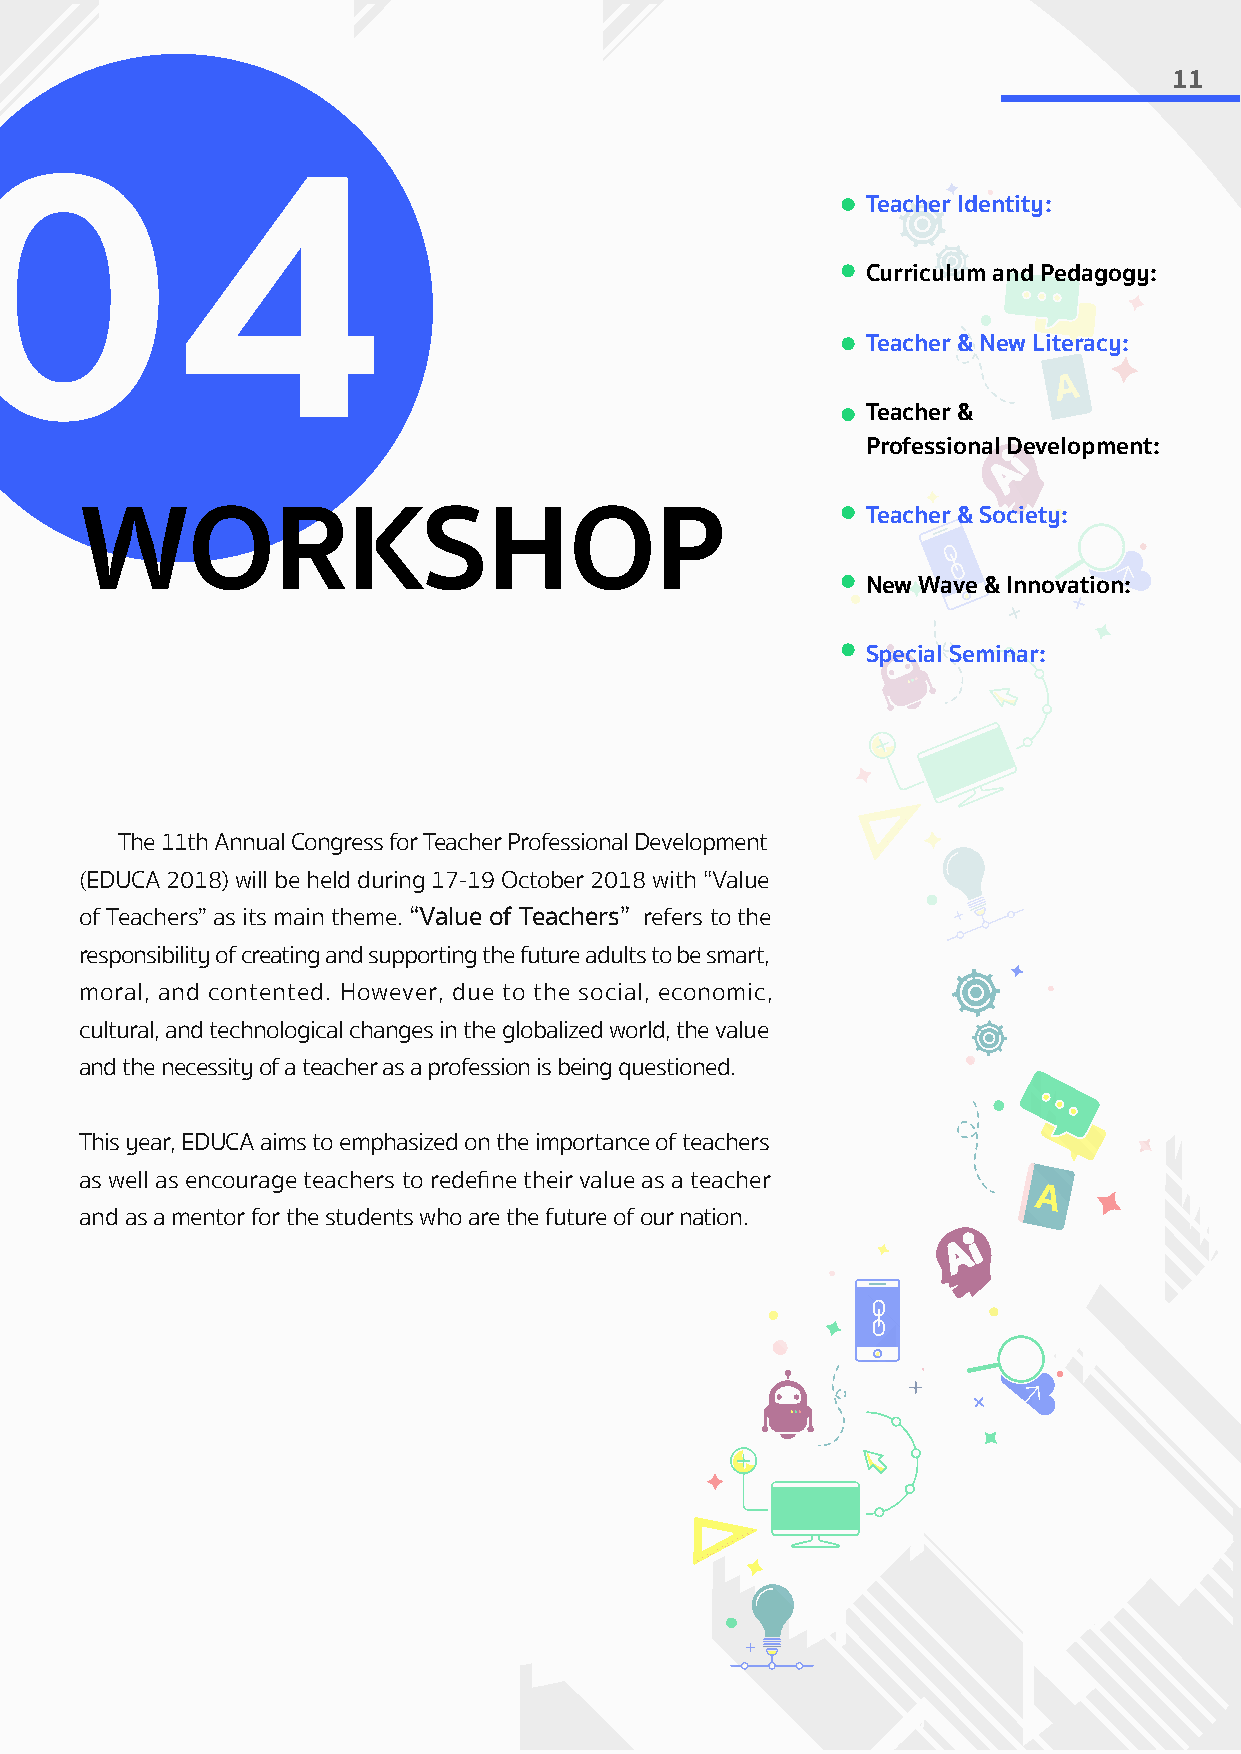
11
 Teacher Identity:
 04
 Curriculum and Pedagogy:
 Teacher & New Literacy:
 Teacher &
 Professional Development:
 Teacher & Society:
 WORKSHOP
 New Wave & Innovation:
 Special Seminar:
 The 11th Annual Congress for Teacher Professional Development
 (EDUCA 2018) will be held during 17-19 October 2018 with “Value
 of Teachers” as its main theme. “Value of Teachers” refers to the
 responsibility of creating and supporting the future adults to be smart,
 moral, and contented. However, due to the social, economic,
 cultural, and technological changes in the globalized world, the value
 and the necessity of a teacher as a profession is being questioned.
 This year, EDUCA aims to emphasized on the importance of teachers
 as well as encourage teachers to redefine their value as a teacher
 and as a mentor for the students who are the future of our nation.